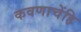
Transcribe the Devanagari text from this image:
कवणाचेंहि